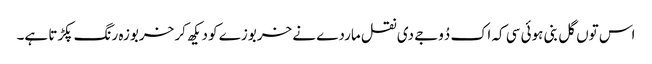
اس توں گل بنی ہوئی سی کہ اک دُوجے دی نقل ماردے نے خربوزے کو دیکھ کر خربوزہ رنگ پکڑتا ہے۔